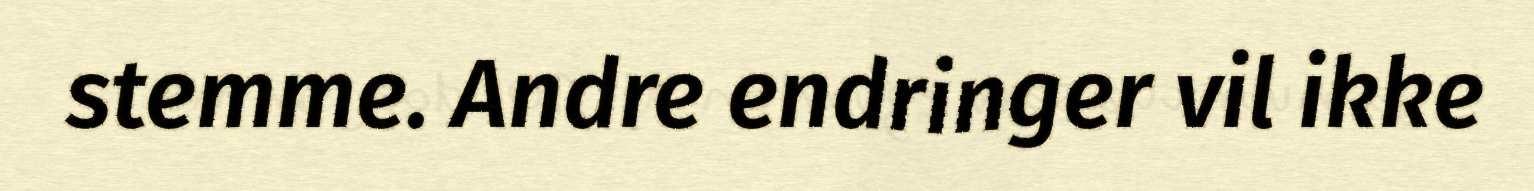
stemme. Andre endringer vil ikke